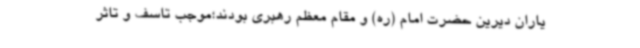
یاران دیرین حضرت امام (ره) و مقام معظم رهبری بودند؛موجب تاسف و تاثر